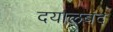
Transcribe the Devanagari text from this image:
दयालबंद